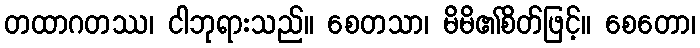
တထာဂတဿ၊ ငါဘုရားသည်။ စေတသာ၊ မိမိ၏စိတ်ဖြင့်။ စေတော၊